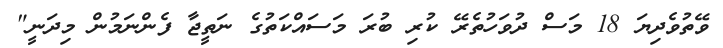
ވޭތުވެދިޔަ 18 މަސް ދުވަހުތެރޭ ކުރި ބުރަ މަސައްކަތުގެ ނަތީޖާ ފެންނަމުން މިދަނީ"